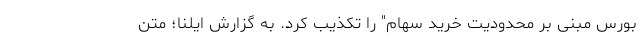
بورس مبنی بر محدودیت خرید سهام" را تکذیب کرد. به گزارش ایلنا؛ متن